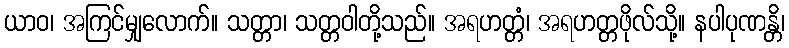
ယာဝ၊ အကြင်မျှလောက်။ သတ္တာ၊ သတ္တဝါတို့သည်။ အရဟတ္တံ၊ အရဟတ္တဖိုလ်သို့။ နပါပုဏန္တိ၊